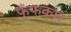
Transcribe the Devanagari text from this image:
फुँफकार